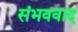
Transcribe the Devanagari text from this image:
संभववाद